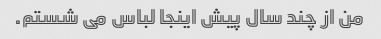
من از چند سال پیش اینجا لباس می شستم.